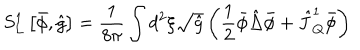
LaTeX: { S _ { L } ^ { 1 } } \left[ \bar { \phi } , \hat { g } \right] = { \frac { 1 } { 8 \pi } } \int { d ^ { 2 } } \xi \sqrt { \hat { g } } \left( { \frac { 1 } { 2 } } \bar { \phi } \hat { \Delta } \bar { \phi } + { \hat { J } _ { Q } ^ { 1 } } \bar { \phi } \right)